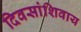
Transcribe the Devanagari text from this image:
दिवसांशिवाय